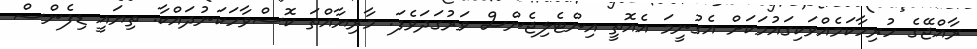
ރާއްޖޭގެ ހުރިހާކަމެއްވަކިގައުމަކަށް އެގުނީމަ އެއޮތީ އިންޓެލިޖެންސް ވަރުގަދަވެފަ. މާރިޔާއްތަ ކޮސްވާހަކަނުދައްކާ. ތިޔައީ ޑިފެންސް